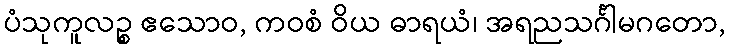
ပံသုကူလဉ္စ ဧသောဝ, ကဝစံ ဝိယ ဓာရယံ၊ အရညသင်္ဂါမဂတော,